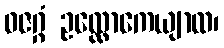
ဓဇဂ္ဂံ ဥလ္လောကေယျာထ၊